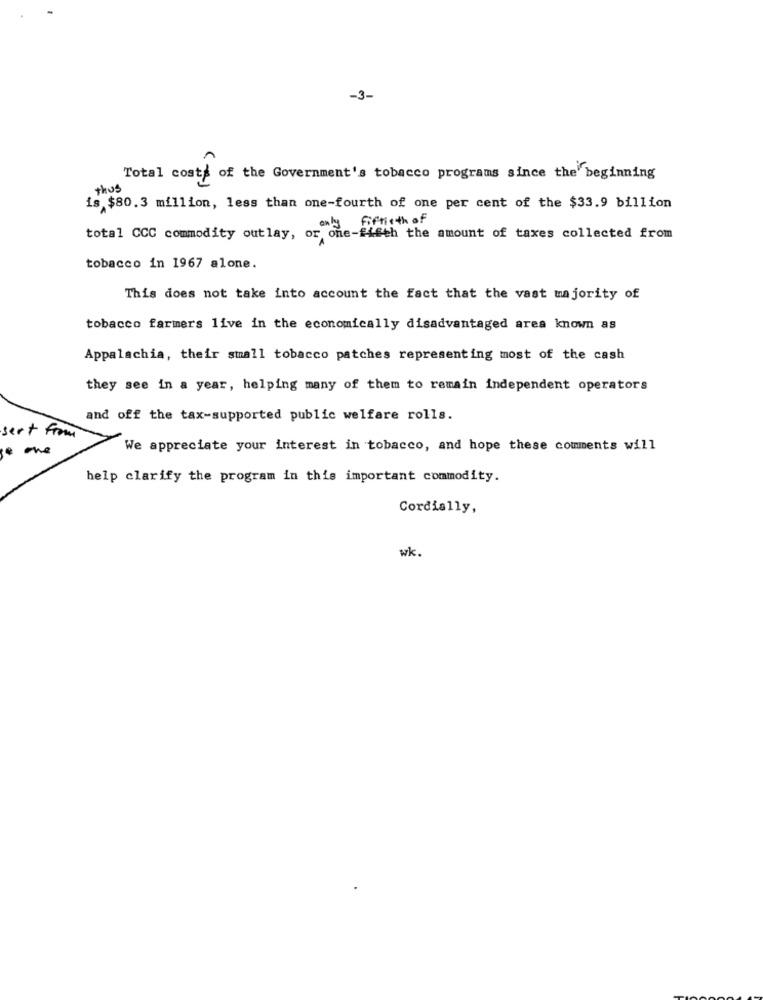
-3-
Total cost of the Government's tobacco programs since the beginning
thus
is $80.3 million, less than one-fourth of one per cent of the $33.9 billion
Fiftieth of
total CCC commodity outlay, or one-fifth the amount of taxes collected from
tobacco in 1967 alone.
This does not take into account the fact that the vast majority of
tobacco farmers live in the economically disadvantaged area known as
Appalachia, their small tobacco patches representing most of the cash
they see in a year, helping many of them to remain independent operators
and off the tax-supported public welfare rolls.
sert from
We appreciate your interest in tobacco, and hope these comments will
help clarify the program in this important commodity.
Cordially,
wk.